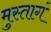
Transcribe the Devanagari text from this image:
मुस्तागं